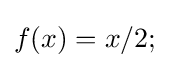
f(x)=x/2;